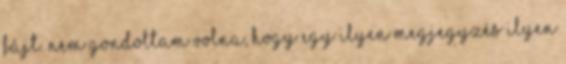
fájt. Nem gondoltam volna, hogy egy ilyen megjegyzés ilyen